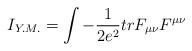
LaTeX: \begin{align*}I_{Y.M.}=\int -\frac{1}{2e^2}trF_{\mu \nu}F^{\mu \nu}\end{align*}